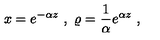
x = e ^ { - \alpha z } \ , \ \varrho = { \frac { 1 } { \alpha } } e ^ { \alpha z } \ ,